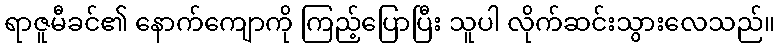
ရာဇူမီခင်၏ နောက်ကျောကို ကြည့်ပြောပြီး သူပါ လိုက်ဆင်းသွားလေသည်။